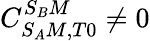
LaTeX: C_{S_{A}M,T0}^{S_{B}M}\neq 0